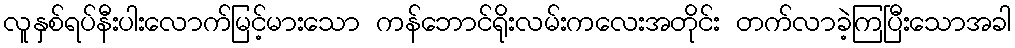
လူနှစ်ရပ်နီးပါးလောက်မြင့်မားသော ကန်ဘောင်ရိုးလမ်းကလေးအတိုင်း တက်လာခဲ့ကြပြီးသောအခါ